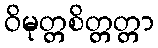
ဝိမုတ္တစိတ္တတ္တာ